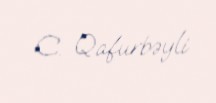
C. Qafurbəyli